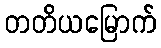
တတိယမြောက်